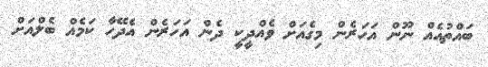
ބައްތުއެއް ނޫން އަހަރެން މިގެއަށް ވެއްދީކީ ދެން އަހަރެން އެދޭހާ ކަމެއް ބެލްއަށް